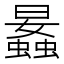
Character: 𧒛